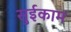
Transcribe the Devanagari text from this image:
सुईकाम